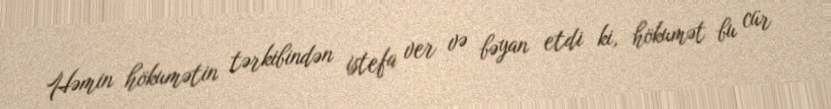
Həmin hökumətin tərkibindən istefa ver və bəyan etdi ki, hökumət bu cür